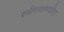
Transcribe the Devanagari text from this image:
स्त्रीवद्यांमधील